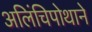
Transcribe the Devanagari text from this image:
अलिंचिपोथाने